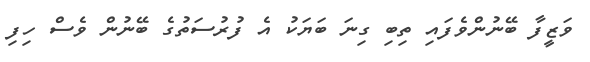
ވަޒީފާ ބޭނުންވެފައި ތިބި ގިނަ ބަޔަކު އެ ފުރުސަތުގެ ބޭނުން ވެސް ހިފި